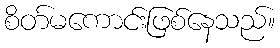
စိတ်မကောင်းဖြစ်နေသည်။